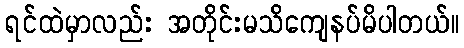
ရင်ထဲမှာလည်း အတိုင်းမသိကျေနပ်မိပါတယ်။